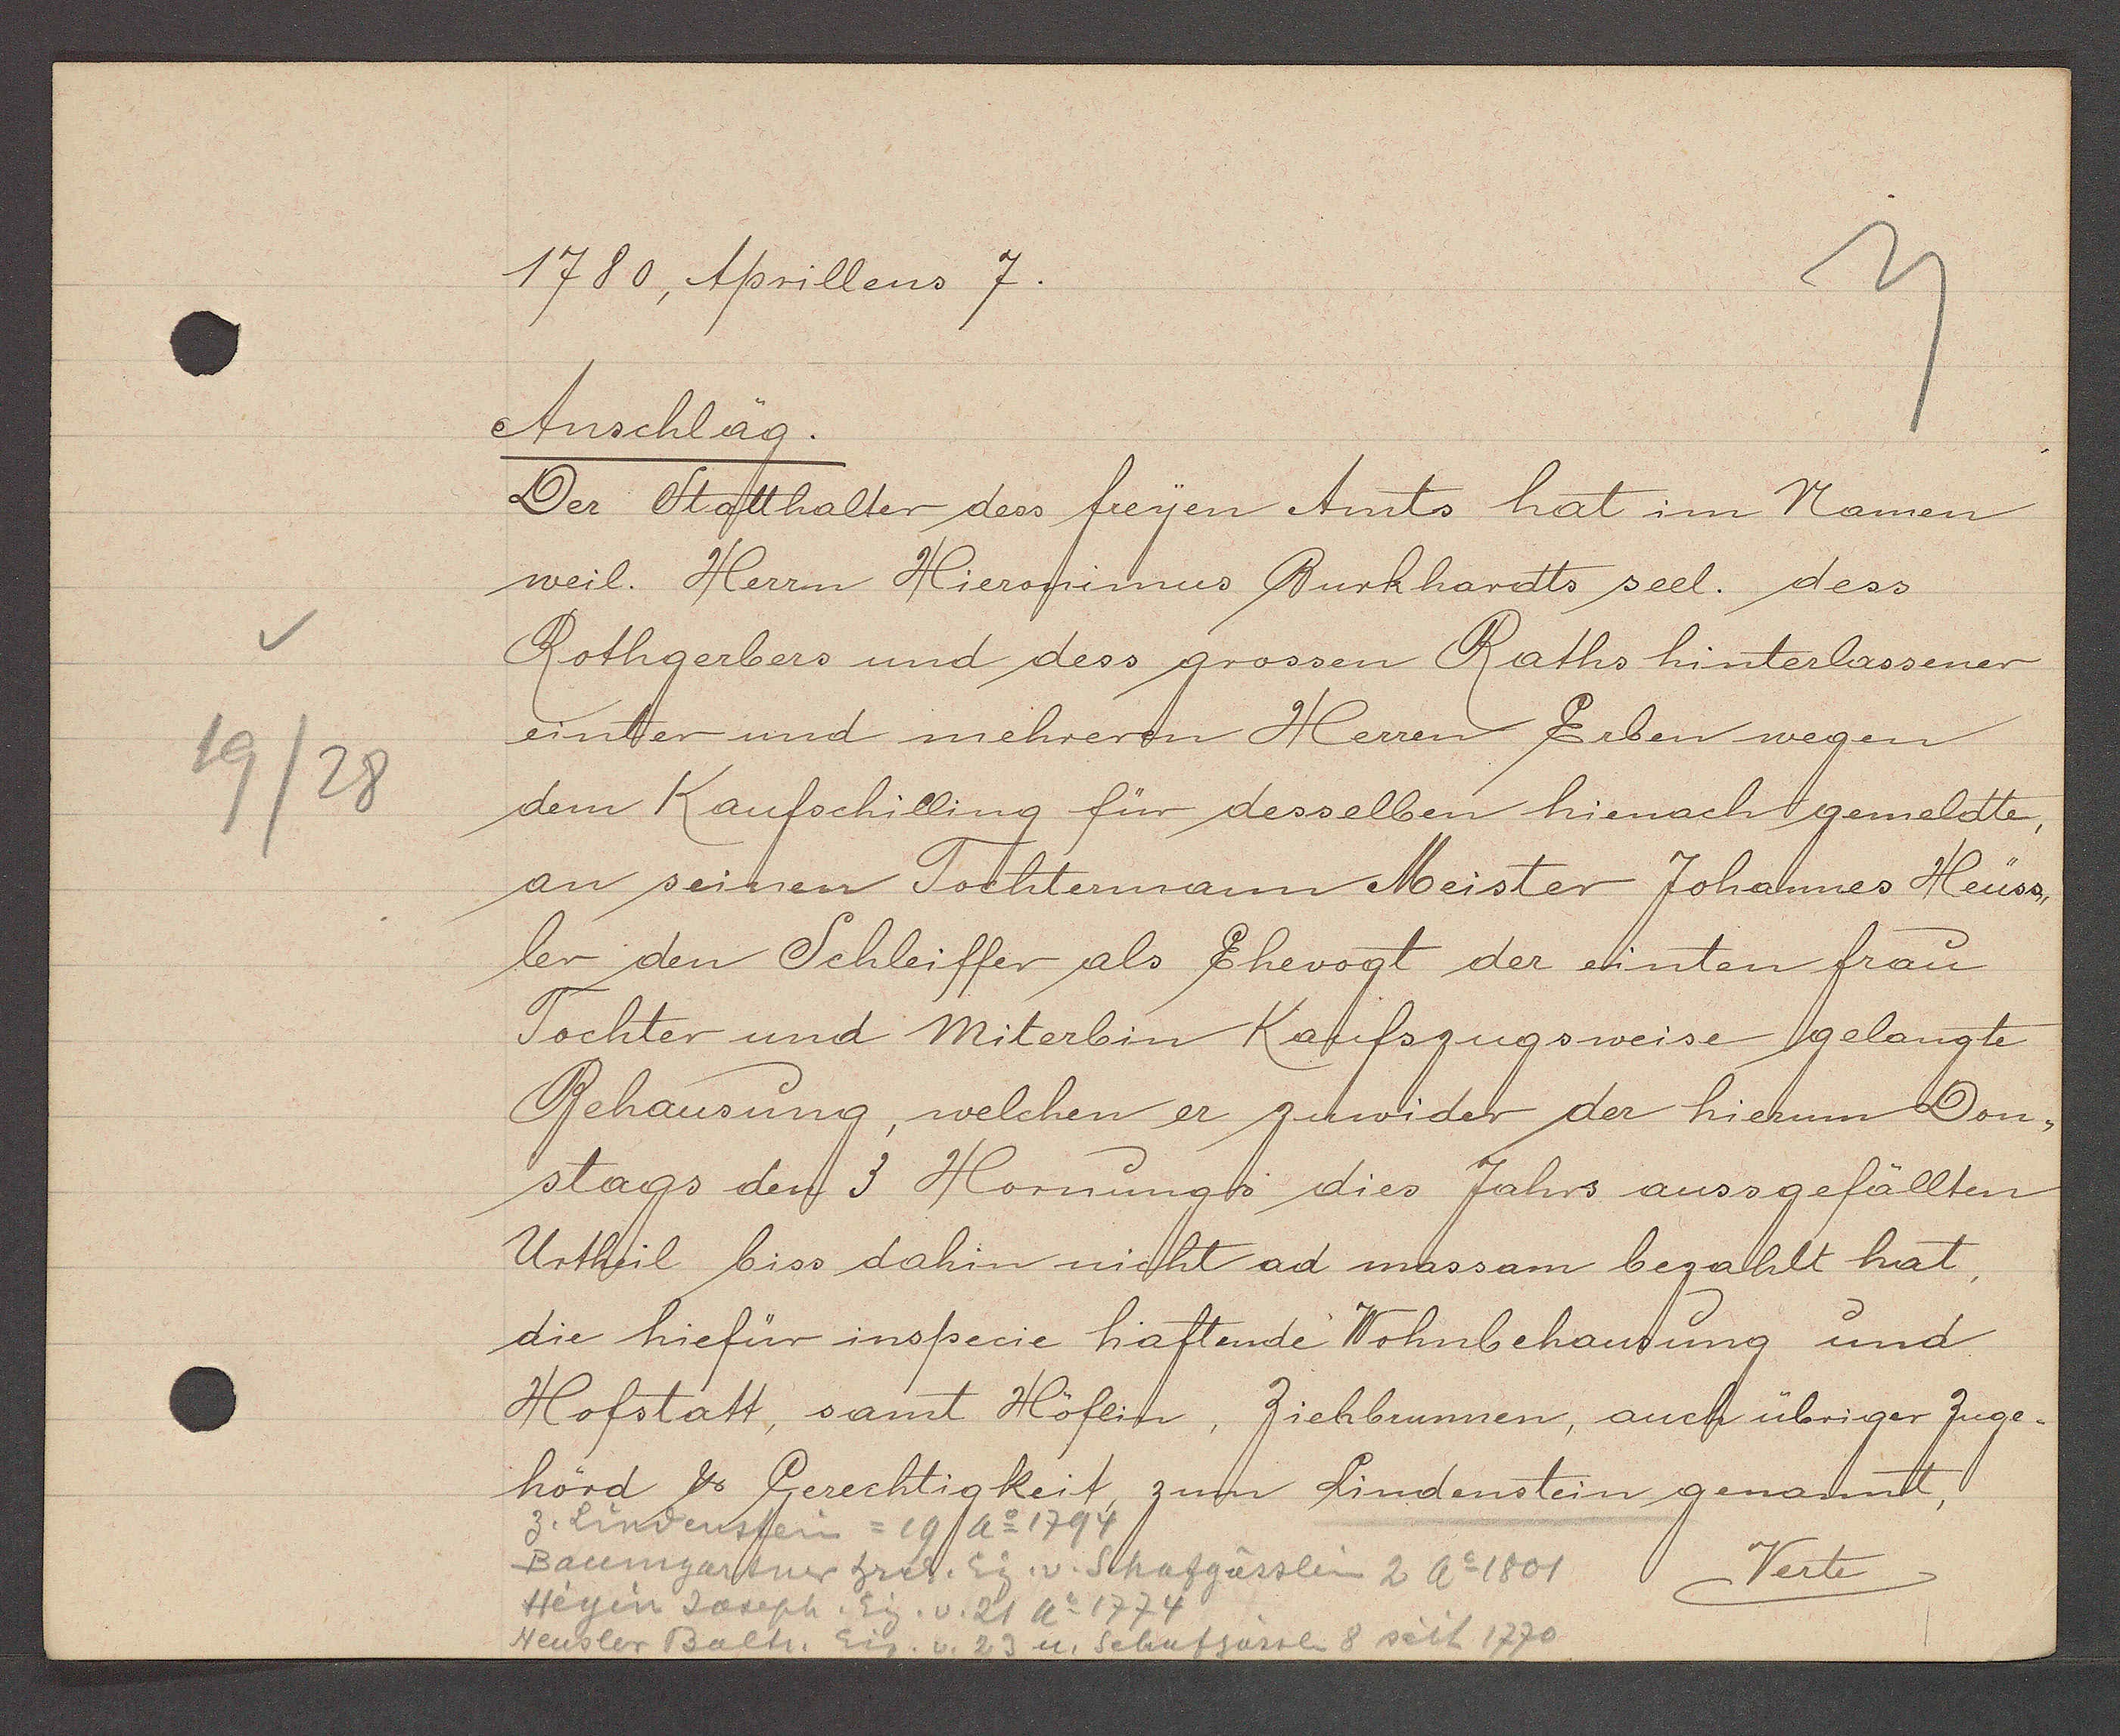
Transcript:
19/28

1780, Aprillens 7.

Anschläg.
Der Statthalter dess freyen Amts hat im Namen
weil. Herrn Hieronimus Burkhardts seel. dess
Rothgerbers und dess grossen Raths hinterlassener
einter und mehrern Herren Erben wegen
dem Kaufschilling für desselben hienach gemeldte,
an seinen Tochtermann Meister Johannes Heüss¬
ler den Schleiffer als Ehevogt der einten frau
Tochter und Miterbin Kaufszugsweise gelangte
Behausung, welchen er zuwider der hierum Don¬
stags den 3 Hornung dies Jahrs aussgefällten
Urtheil biss dahin nicht ad massam bezahlt hat,
die hiefür inspecie haftende Wohnbehausung und
Hofstatt, samt Höflin, Ziehbrunnen, auch übriger Zuge¬
hörd ℔ Gerechtigkeit zum Lindenstein genannt,

z. Lindenstein = 19 Ao 1794
Baumgartner hrch. Eig. v. Schafgässlein 2 Ao 1801
Verte
Heyin Joseph. Eig. v. 21 Ao 1774
Heusler Balti. Eig. v. 23 u. Schafgässlin 8 seit 1770